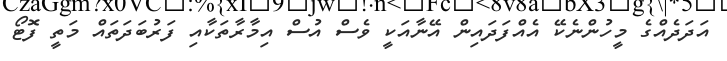
އަދަދެއްގެ މީހުންނެކޭ އެއްފަދައިން އޭނާއަކީ ވެސް އުސް އިމާރާތަކާއި ފަރުބަދަތައް މަތީ ފޮޓޯ